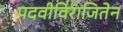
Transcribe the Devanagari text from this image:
पदवीविराजितेन